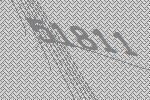
51811